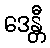
ဒေန္တီ